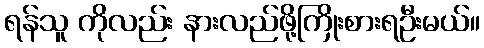
ရန်သူ ကိုလည်း နားလည်ဖို့ကြိုးစားရဦးမယ်။